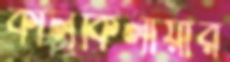
কালকিলায়ার